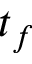
t _ { f }